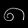
Digit: ၈